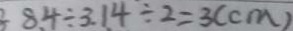
8 . 4 \div 3 . 1 4 \div 2 = 3 ( c m )